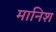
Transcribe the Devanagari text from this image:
मानिश